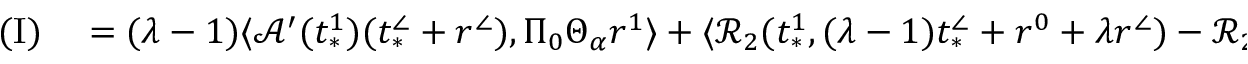
\begin{array} { r l } { \mathrm { ( I ) } } & { { } = ( \lambda - 1 ) \langle \mathcal { A } ^ { \prime } ( t _ { * } ^ { 1 } ) ( t _ { * } ^ { \angle } + r ^ { \angle } ) , \Pi _ { 0 } \Theta _ { \alpha } r ^ { 1 } \rangle + \langle \mathcal { R } _ { 2 } ( t _ { * } ^ { 1 } , ( \lambda - 1 ) t _ { * } ^ { \angle } + r ^ { 0 } + \lambda r ^ { \angle } ) - \mathcal { R } _ { 2 } ( t _ { * } ^ { 1 } , r ^ { 1 } ) , \Pi _ { 0 } \Theta _ { \alpha } r ^ { 1 } \rangle } \end{array}